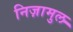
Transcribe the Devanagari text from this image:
निज़ामुल